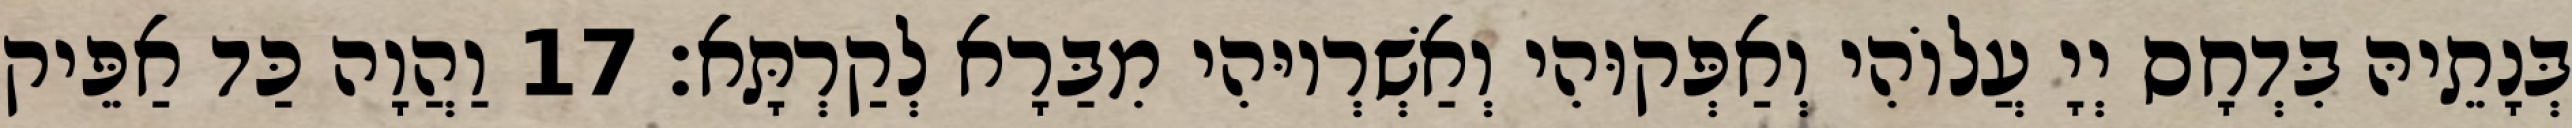
בְּנָתֵיהּ בִּדְחָס יְיָ עֲלוֹהִי וְאַפְּקוּהִי וְאַשְׁרְיוּהִי מִבַּרָא לְקַרְתָּא׃ 17 וַהֲוָה כַּד אַפֵּיק